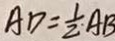
A D = \frac { 1 } { 2 } \cdot A B